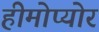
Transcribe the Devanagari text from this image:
हीमोप्योर